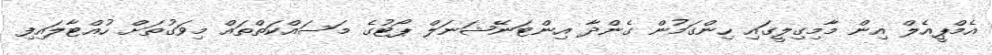
އެމްޕީއެލް އިން މާމިގިލީގައި ހިންގަމުން ގެންދާ އިންޓަނޭޝަނަލް ޕޯޓުގެ މަސައްކަތްތައް މިވަގުތަށް ހުއްޓާލައިފި